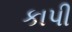
કાપી